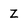
Character: Z